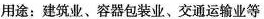
用途；建筑业、容器包装业、交通运输业等